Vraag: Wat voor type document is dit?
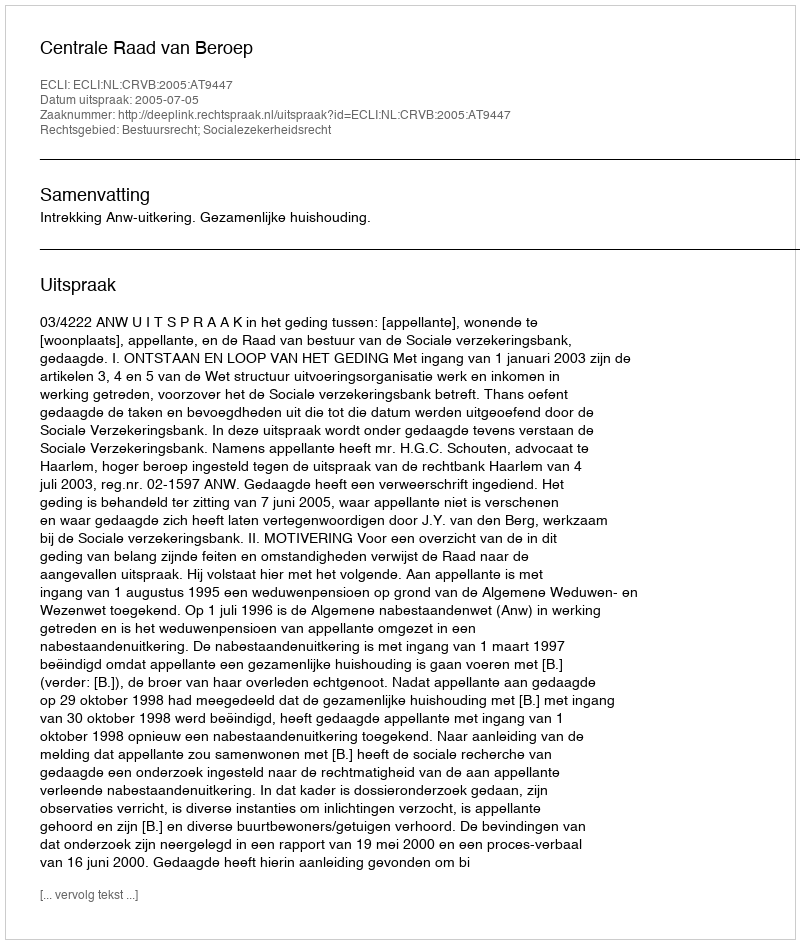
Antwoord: Uitspraak